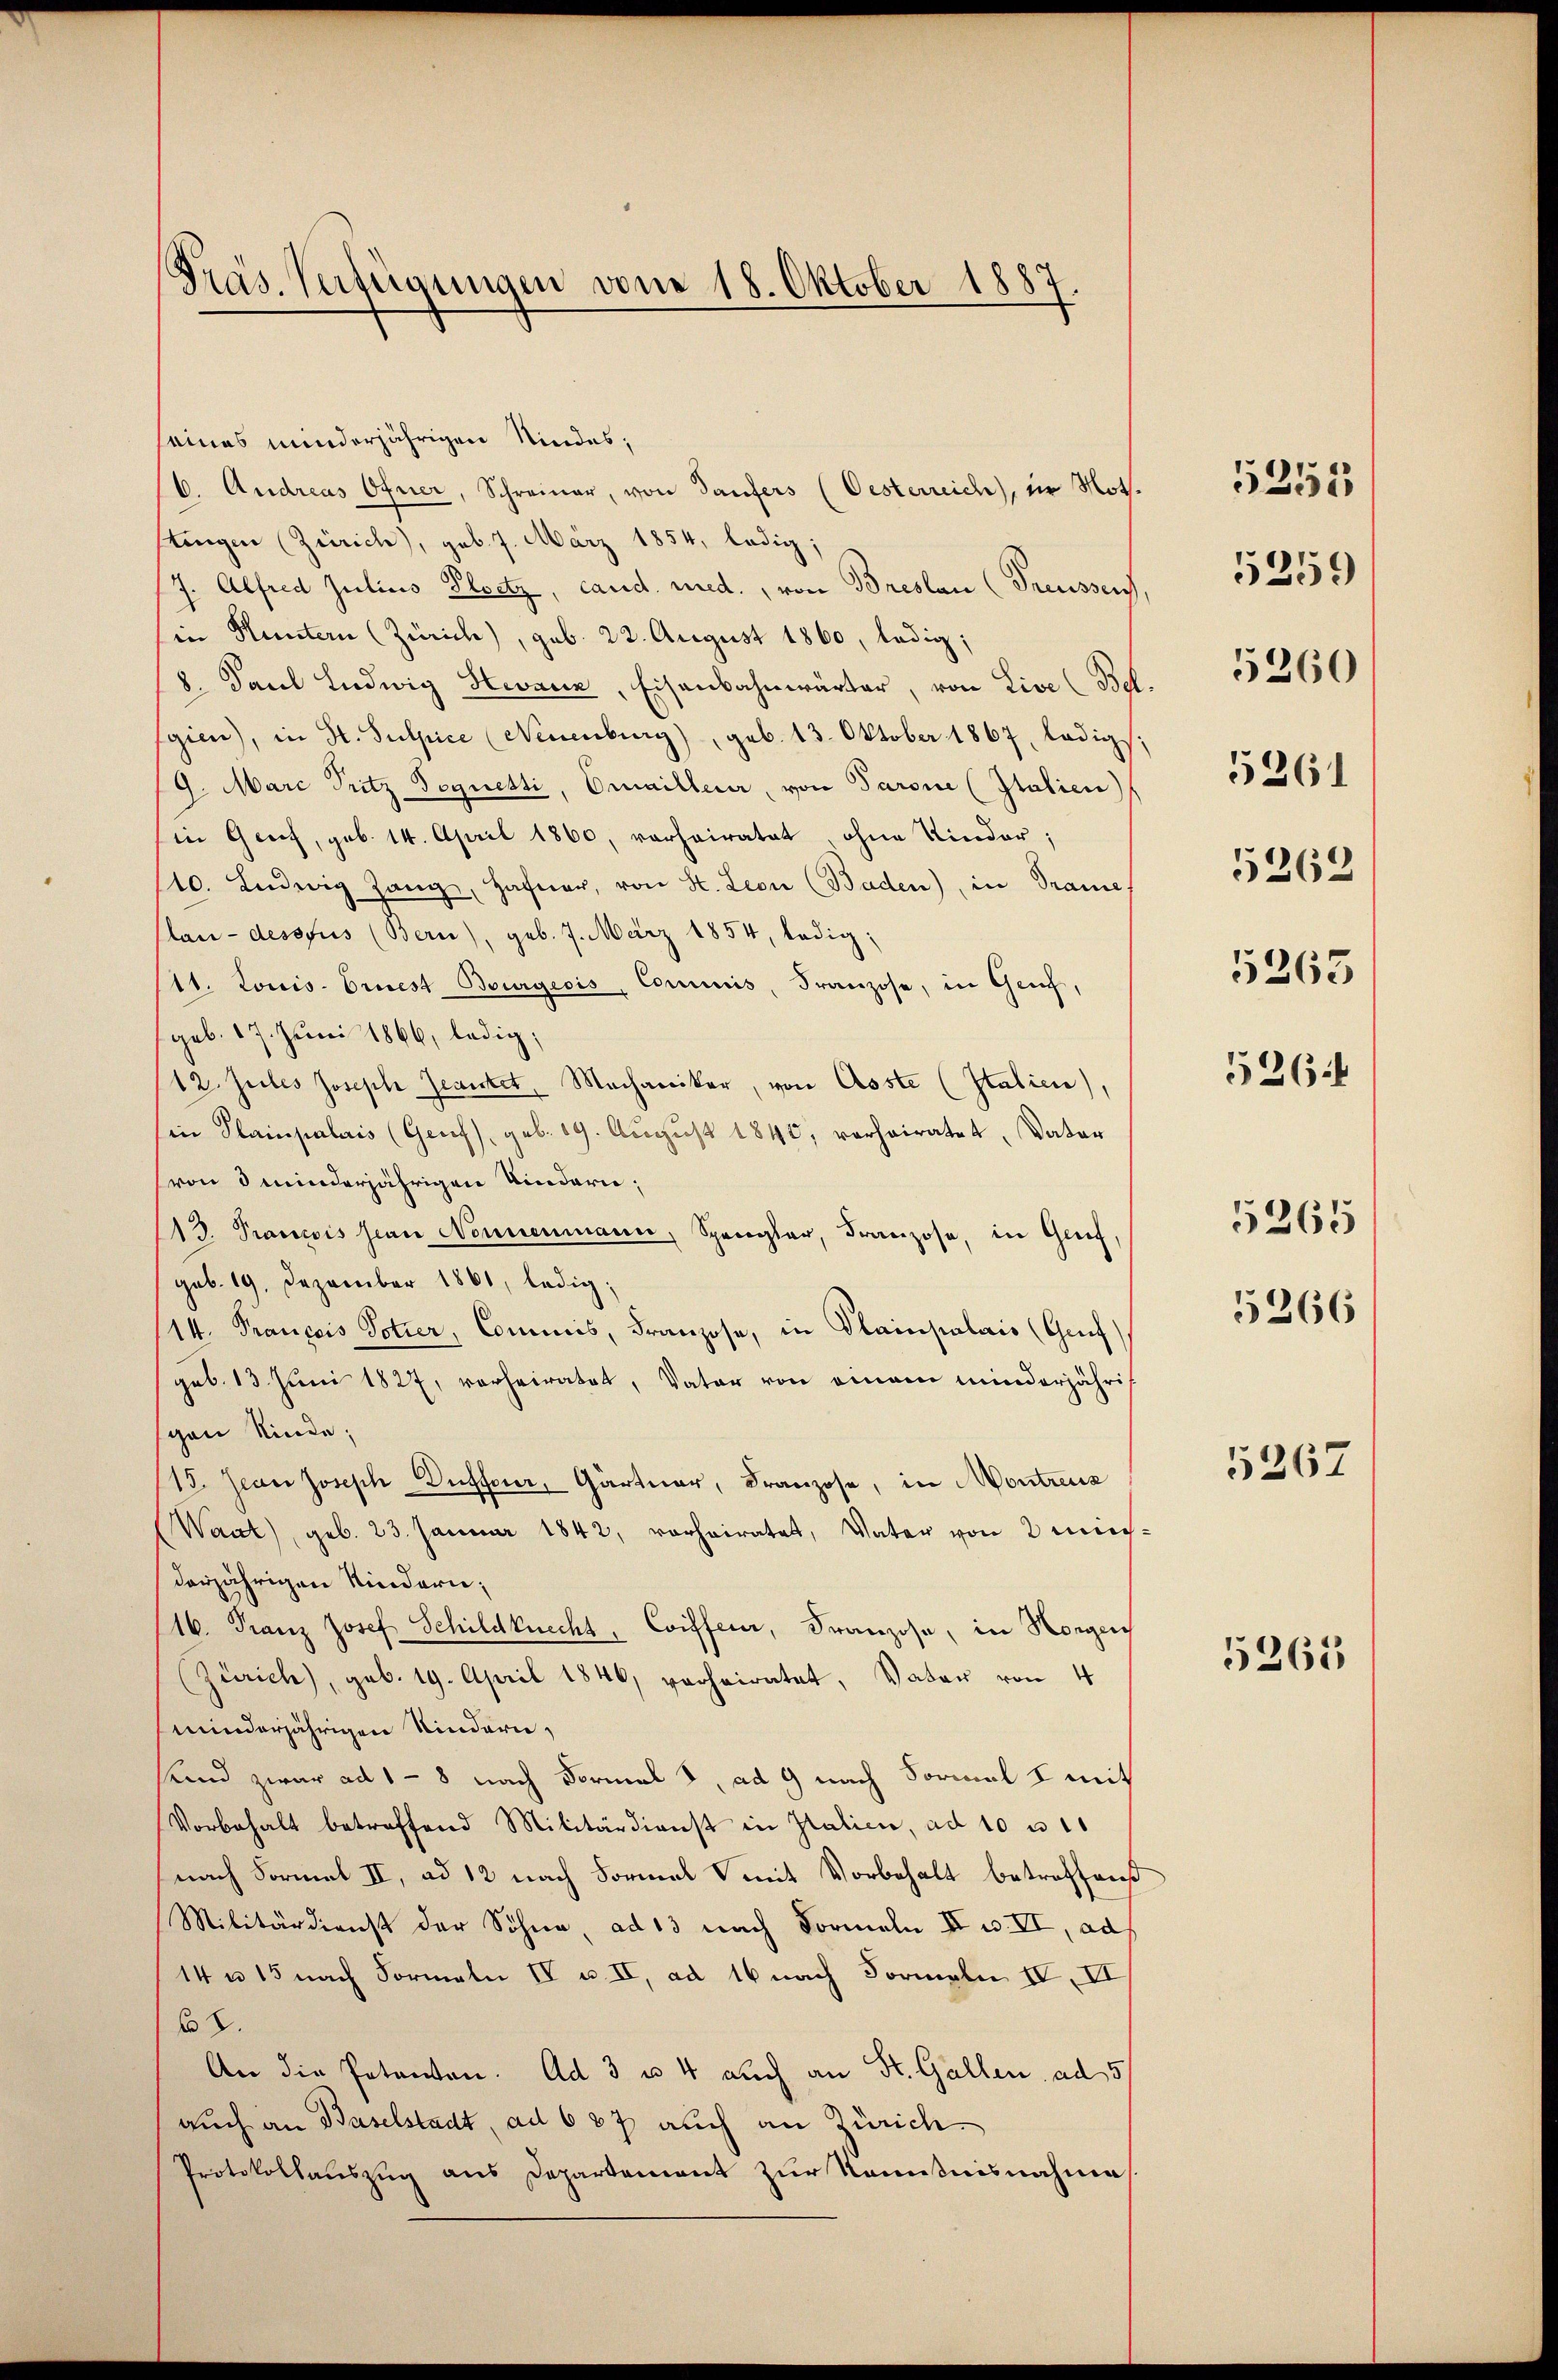
Präs. Verfügungen vom 18. Oktober 1887.

seines minderjährigen Kindes;
b. Andreas Öfner, Schreiner, von Taufers (Oesterreich, in Not.
tingen (Zürich), geb. 7. März 1854, ledig;
J. Alfred Julius Ploetz, cand. med., von Breslau (Treussen
in Huntern (Zürich), geb. 22. August 1860, ledig;
8. Paul Ludwig Hevaux, Eisenbahnwärter, von Live (Beh
gien), in St. Sulpice (Neuenburg), geb. 13. Oktober 1867, lädigs
19. Marc Pritz Sequetti, Emailleur, von Parone (Italien)
in Grief, geb. 14. April 1860, vorheiratet, ohne Kinder;
110. Ludwig Zang, Hafner, von St. Leon (Baden), in Trame
lau-dessfus (Bern), geb. 7. März 1854, ledig;
11. Louis-Ernest Bourgeois, Commis, Franzose, in Genf,
(geb. 17. Juni 1866, ledig,
12. Jules Joseph Jeanstet, Mechaniker, von Asste (Italien),
in Plainpalais (Genf), geb. 19. August 1840, verheiratet, Vater
(von d minderjährigen Kindern;
113. Prancois pian Nonnenmann, Spangler, Franzose, in Greif,
geb. 19. Dezember 1861, ledig;
14. François Potier, Commis, Franzose, in Plainpalais (Gruf
geb. 13. Juni 1827, vorheiratet, Vater von einem minderjähri
gen Kinde;
15. Jean Joseph Düsserer, Gärtner, Franzose, in Montreuz
Waat), geb. 23. Januar 1842, vorheiratet, Vater von 2 mich
derjährigen Kindern,
16. Franz Josef Schildknecht, Coiffer, Franzose, in Horgen
(Zürich), geb. 19. April 1846, verheiratet, Vater von 4
minderjährigen Kindern,
Kind zwar ad 1 - 8 nach Formal , ad 9 nach Sormal I mit
Vorbehalt betreffend Militärdienst in Italien, ad 10 u
nach Formal II, ad 12 nach Formal mit Vorbehalt betroffend
Militärdienst der Söhne, ad 13 nach Formeln II u. VI, ad
14 n 15 nach Formeln IV u. II, ad 16 nach Formeln IV, VI
68.
An die Petenten. Ad 3 u. 4 auch an St. Gallen. ad 5
auch an Baselstadt, ad 687 auch an Zürich
Protokollauszug aus Departement zur Kenntnisnahme

.

5262
5263
526:

53513

5259

5260

5261

5265

5266

5267

5265